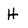
Character: H